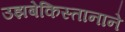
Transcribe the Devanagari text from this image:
उझबेकिस्तानाने